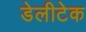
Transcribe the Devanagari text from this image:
डेलीटेक